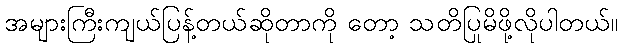
အများကြီးကျယ်ပြန့်တယ်ဆိုတာကို တော့ သတိပြုမိဖို့လိုပါတယ်။